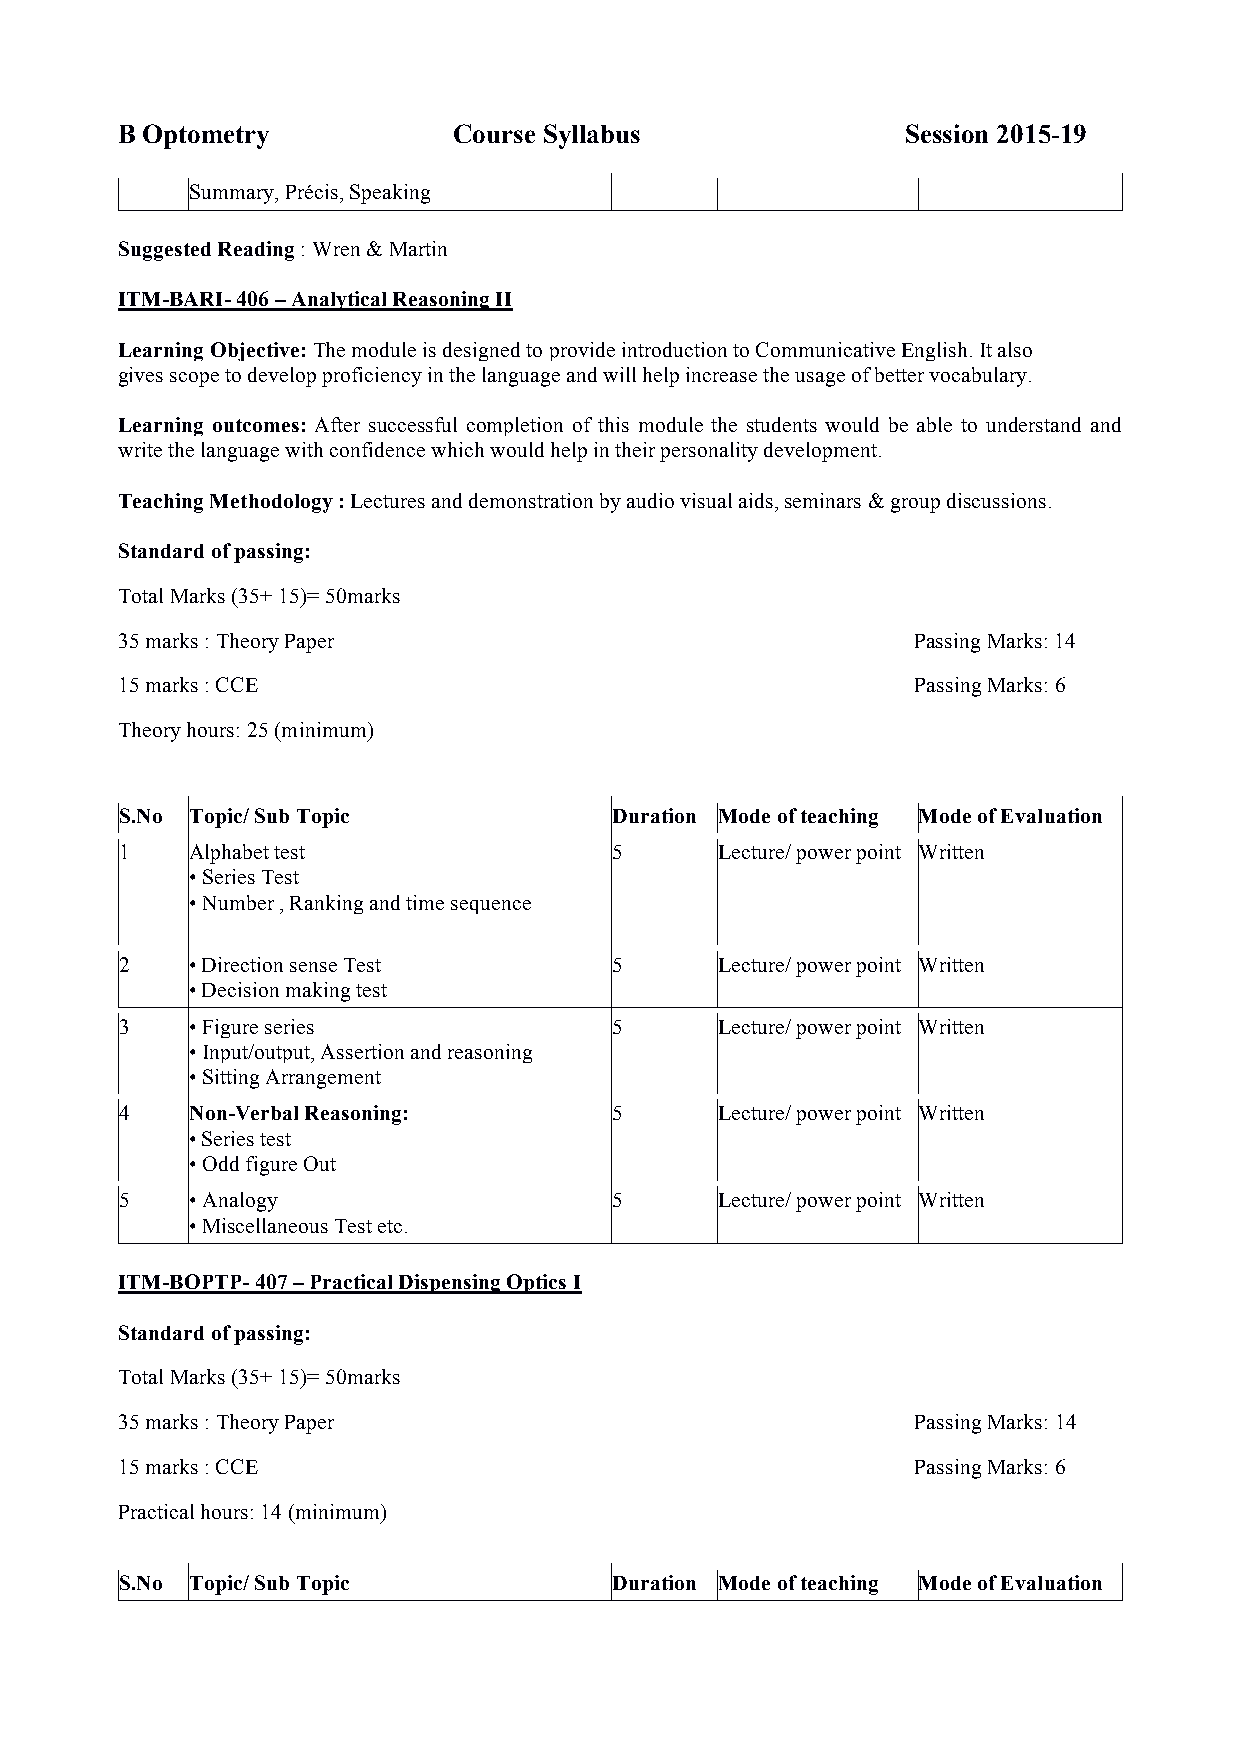
B Optometry           Course Syllabus               Session 2015-19
 Summary, Précis, Speaking
 Suggested Reading : Wren & Martin
 ITM-BARI- 406 – Analytical Reasoning II
 Learning Objective: The module is designed to provide introduction to Communicative English. It also
 gives scope to develop proficiency in the language and will help increase the usage of better vocabulary.
 Learning outcomes: After successful completion of this module the students would be able to understand and
 write the language with confidence which would help in their personality development.
 Teaching Methodology : Lectures and demonstration by audio visual aids, seminars & group discussions.
 Standard of passing:
 Total Marks (35+ 15)= 50marks
 35 marks : Theory Paper                              Passing Marks: 14
 15 marks : CCE                                       Passing Marks: 6
 Theory hours: 25 (minimum)
 S.No Topic/ Sub Topic            Duration Mode of teaching Mode of Evaluation
 1    Alphabet test               5      Lecture/ power point Written
 • Series Test
 • Number , Ranking and time sequence
 2    • Direction sense Test      5      Lecture/ power point Written
 • Decision making test
 3    • Figure series             5      Lecture/ power point Written
 • Input/output, Assertion and reasoning
 • Sitting Arrangement
 4    Non-Verbal Reasoning:       5      Lecture/ power point Written
 • Series test
 • Odd figure Out
 5    • Analogy                   5      Lecture/ power point Written
 • Miscellaneous Test etc.
 ITM-BOPTP- 407 – Practical Dispensing Optics I
 Standard of passing:
 Total Marks (35+ 15)= 50marks
 35 marks : Theory Paper                              Passing Marks: 14
 15 marks : CCE                                       Passing Marks: 6
 Practical hours: 14 (minimum)
 S.No Topic/ Sub Topic            Duration Mode of teaching Mode of Evaluation